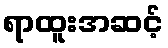
ရာထူးအဆင့်